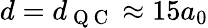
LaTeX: d=d_{\mathrm{~Q~C~}}\approx 15a_{0}